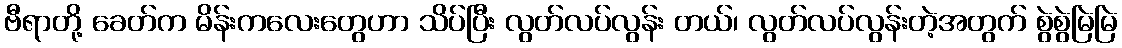
ဗီရာတို့ ခေတ်က မိန်းကလေးတွေဟာ သိပ်ပြီး လွတ်လပ်လွန်း တယ်၊ လွတ်လပ်လွန်းတဲ့အတွက် စွဲစွဲမြဲမြဲ